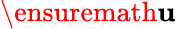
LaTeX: \ensuremath{\mathbf{u}}